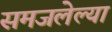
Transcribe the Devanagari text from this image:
समजलेल्या